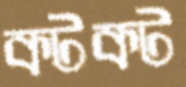
কটকট